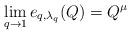
LaTeX: \begin{align*} \lim_{q \to 1} e_{q, \lambda_q}(Q) = Q^\mu \end{align*}